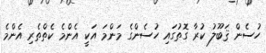
ހުސެން ޤަބޫލު ކުރާ ގޮތުގައި ހުސެންގެ މަންމަ އަކީ އެންމެ ކެތްތެރި އެންމެ